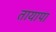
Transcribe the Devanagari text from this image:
तायापा